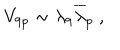
V _ { 9 p } \sim \lambda _ { 9 } { \overline { { \lambda } } } _ { p } ~ ,